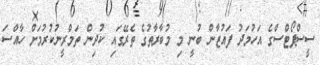
ސީސްޕޯޓްސްގެ އަހުމަދު ފައުޒާން ބުނީ މި މުބާރާތުގެ ތެރޭގައި ކުދިން ތަމްރީނުކުރުމަށް ހާއްސަ